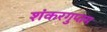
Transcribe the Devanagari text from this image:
शंकरगुप्तम